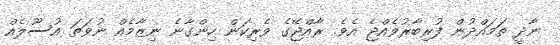
ނާދީ ތަމައްދުން ފުރިބާރުވެއްޖެ އެވެ. ރާއްޖޭގެ ވެރިކަން ހިންގާނެ ނިޒާމެއް ނުވަތަ އުސޫލެއް